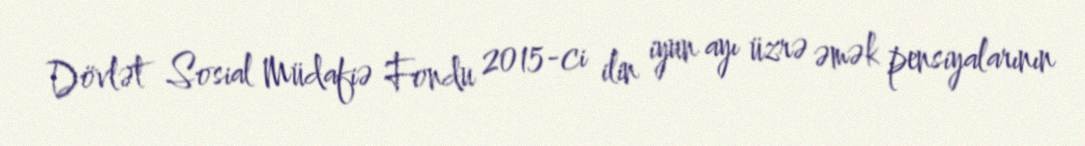
Dövlət Sosial Müdafiə Fondu 2015-ci ilin iyun ayı üzrə əmək pensiyalarının